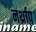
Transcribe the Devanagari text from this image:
नर्थ्राप